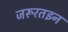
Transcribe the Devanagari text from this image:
जरूरतइन